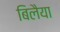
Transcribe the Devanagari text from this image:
बिलैया